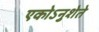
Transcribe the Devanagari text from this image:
एकोऽनुशेते